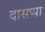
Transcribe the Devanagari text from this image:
दासप्पा